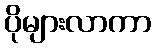
ပိုများလာကာ